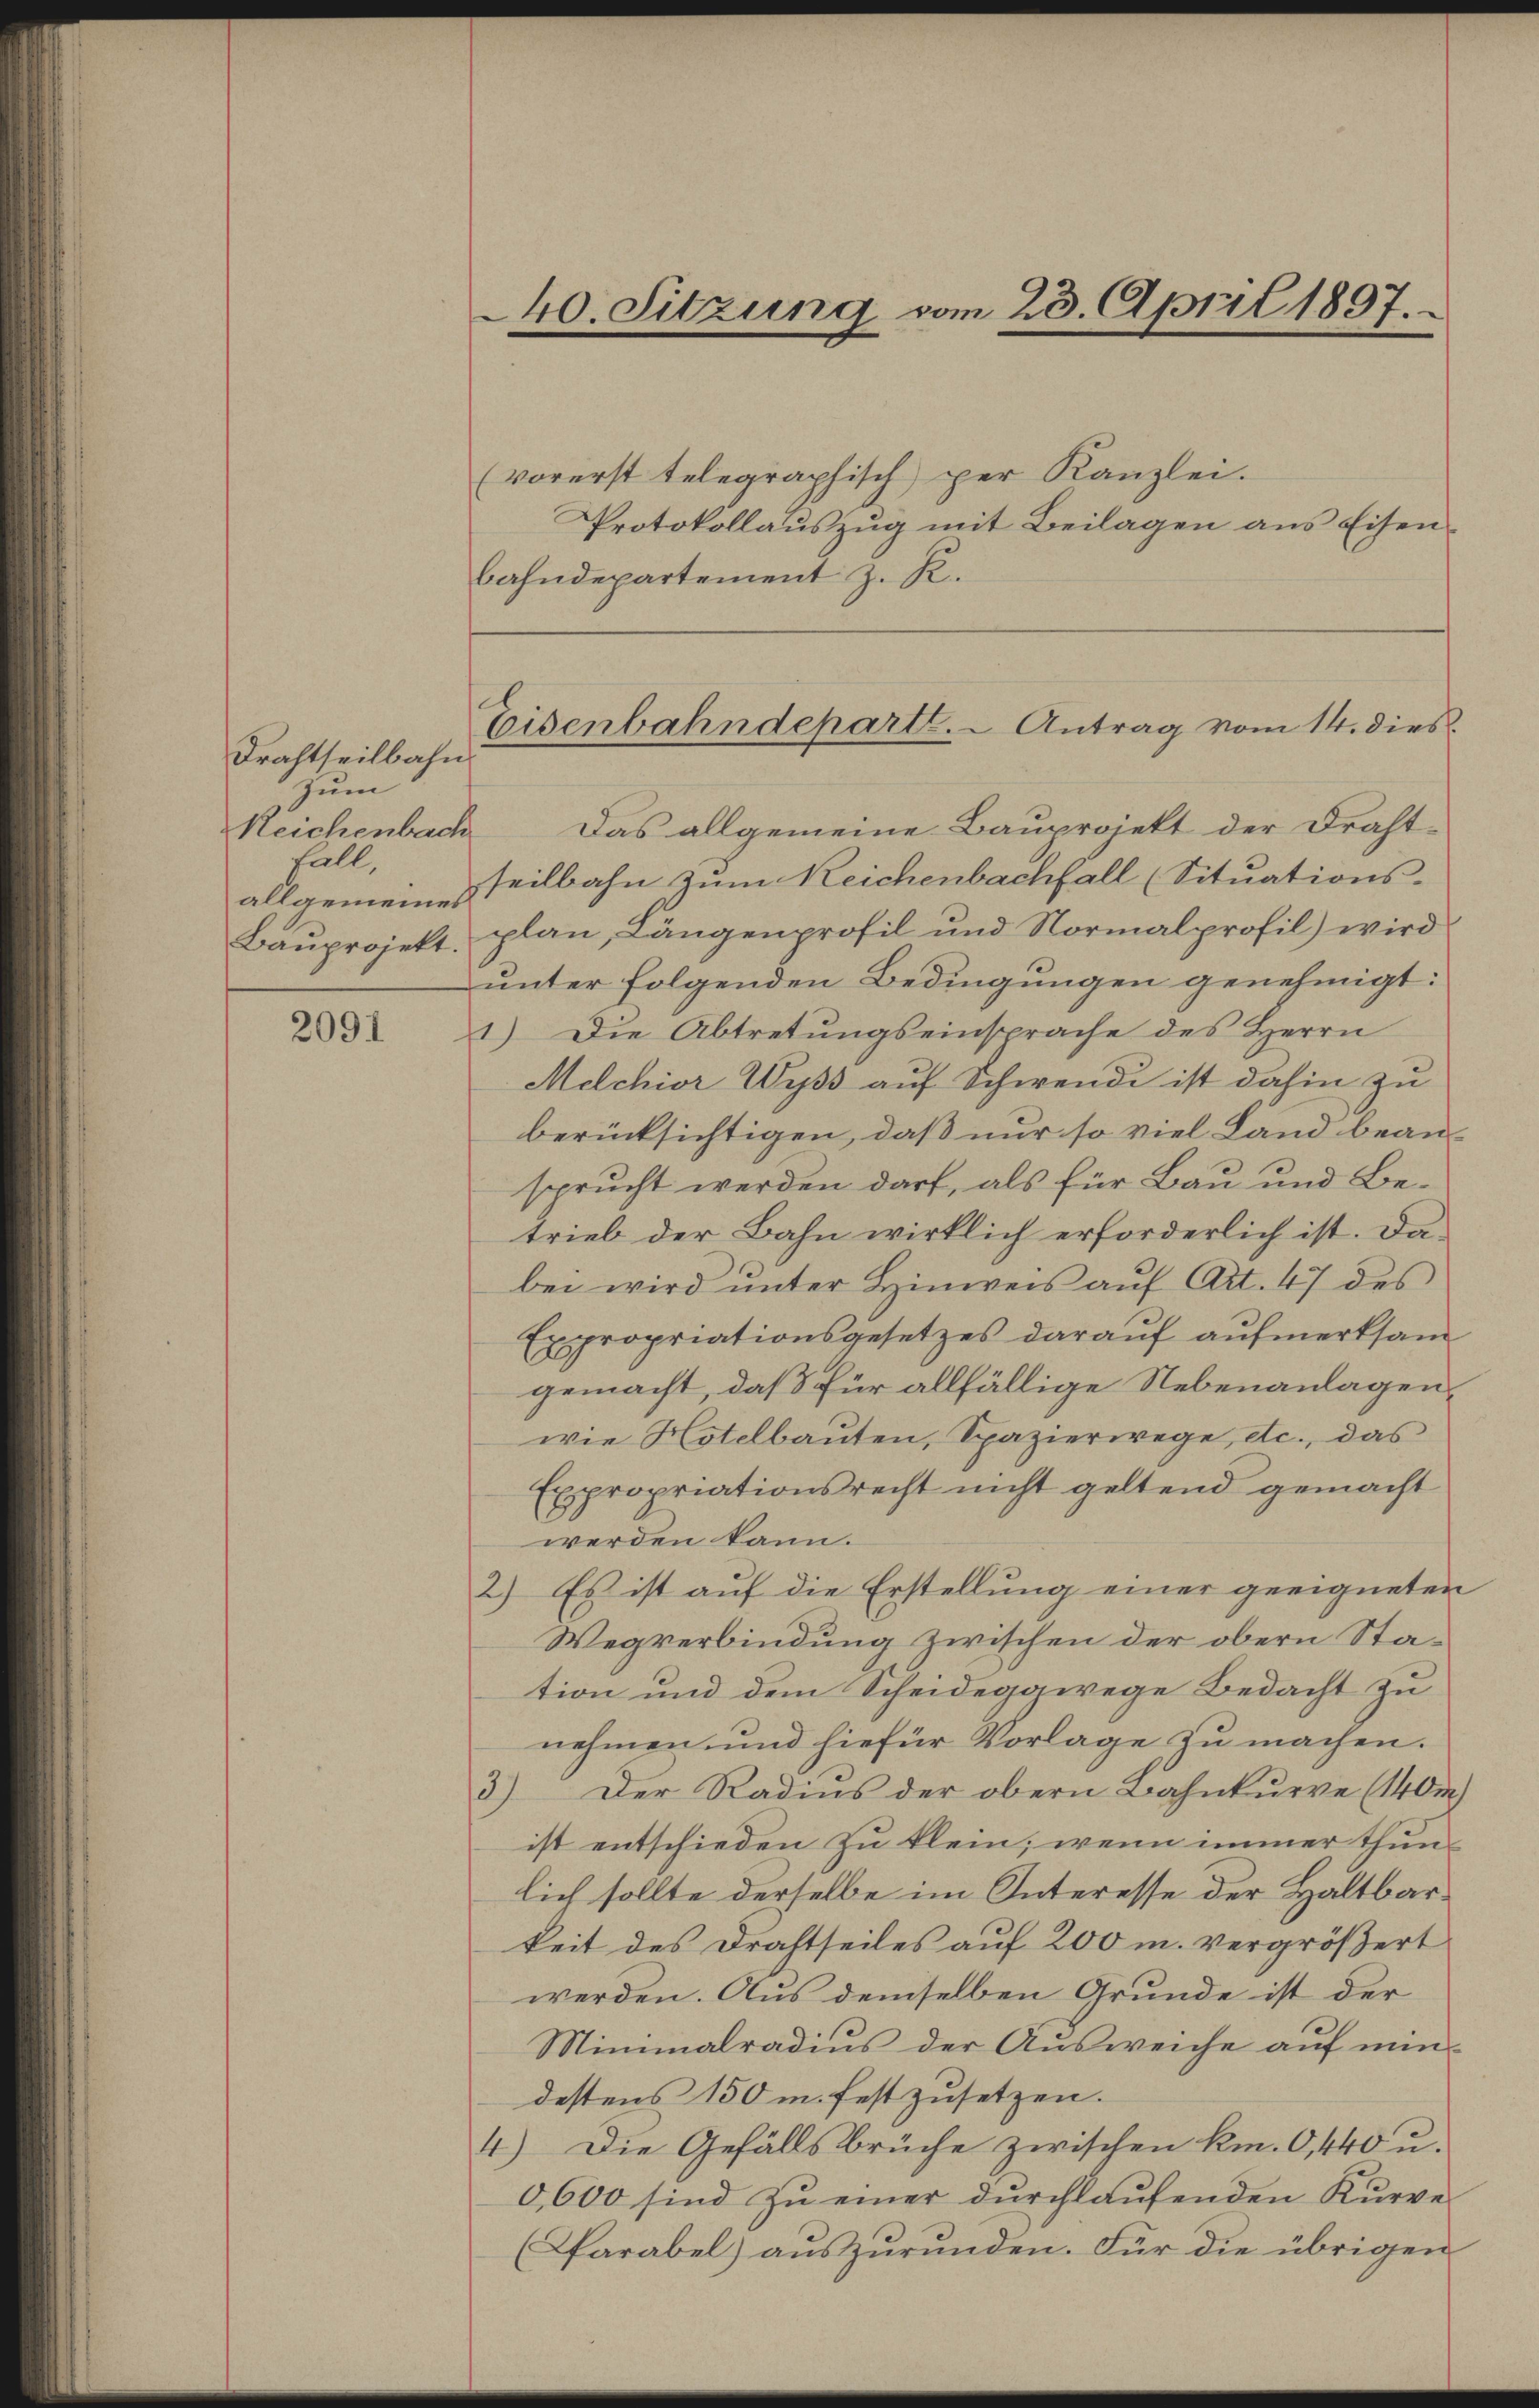
Drahtheilbahn
zum
Reichenbach
Fall,
allgemeines

2091

40. Sitzung vom 23. April 1897.

(vorerst telegraphisch per Kanzlei.
Protokollaŭszŭg mit Beilagen ans Eisen-
bahndepartement z. R.
Das allgemeine Bauprojekt der Drahtseilbahn zum Reichenbachfall (Situations-
Bauprojekt, plan, Längenprofil und Normalprofil) wird
unter folgenden Bedingungen genehmigt:
1) Die Abtretungseinsprache des Herrn
Melchior Wyss auf Schwendi ist dahin zu
berücksichtigen, daß nur so viel Land beansprucht werden darf, als für Bau und Betrieb der Bahn wirklich erforderlich ist. Dabei wird unter Hinweis auf Art. 47 des
Expropriationsgesetzes darauf aufmerksam
gemacht, daß für allfällige Nebenanlagenwie Hotelbauten, Spazierwege, etc., das
Expropriationsrecht nicht geltend gemacht
werden kann.
2) Es ist auf die Erstellung einer geeigneten
Wegverbindung zwischen der obern Station und dem Scheideggwege Bedacht zu
nehmen und hiefür Vorlage zu machen.
3) Der Radius der obern Bahnkurre (1400)
ist entschieden zu klein, wenn immer thunlich sollte derselbe im Interesse der Hältbarkeit des Drahtheiles auf 200 m. vergrößert
werden. Aus demselben Grunde ist der
Minimalradius der Aŭsweiche auf min
destens 150 m festzusetzen.
4.) Die Gefällsbrüche zwischen km. O, 440 u.
0,600 sind zu einer durchlaufenden Kurver
(Cfarabel) aŭszŭrŭnden. Für die übrigen

Eisenbahndepart. - Antrag vom 14. dies